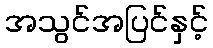
အသွင်အပြင်နှင့်